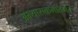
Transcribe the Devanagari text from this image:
अभ्यासक्रमांतर्गत